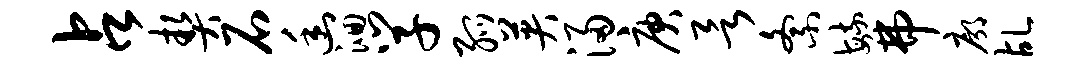
占契石幽洄学弧英浸庚欲紊毓弗廓乩